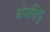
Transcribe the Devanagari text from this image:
बोजशियु